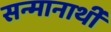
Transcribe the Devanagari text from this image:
सन्मानार्थी